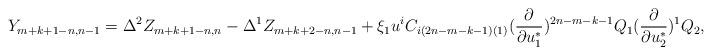
LaTeX: \begin{align*}Y_{m+k+1-n,n-1}=\Delta^2Z_{m+k+1-n,n}-\Delta^1Z_{m+k+2-n,n-1}+\xi_1u^iC_{i(2n-m-k-1)(1)}({\partial\over\partial u^*_1})^{2n-m-k-1}Q_1({\partial\over\partial u^*_2})^1Q_2,\end{align*}